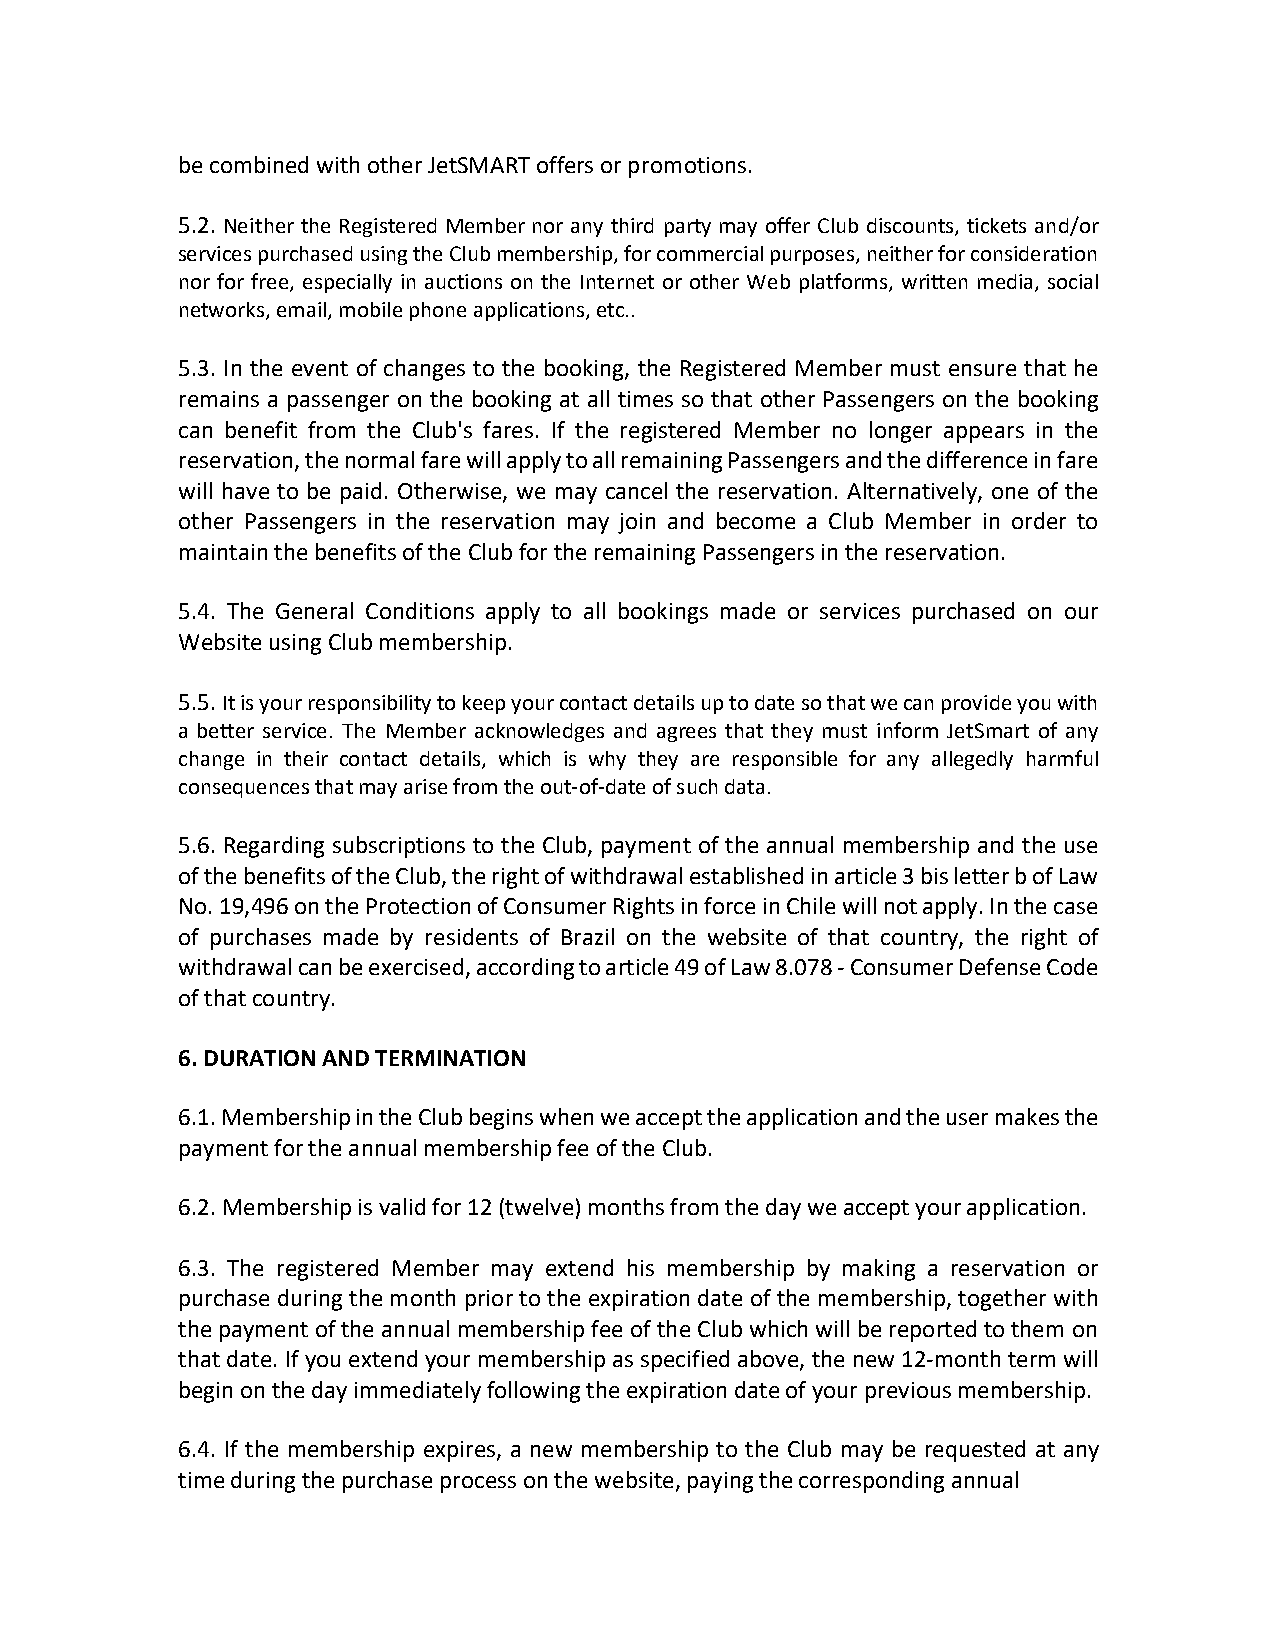
be combined with other JetSMART offers or promotions.
 5.2. Neither the Registered Member nor any third party may offer Club discounts, tickets and/or
 services purchased using the Club membership, for commercial purposes, neither for consideration
 nor for free, especially in auctions on the Internet or other Web platforms, written media, social
 networks, email, mobile phone applications, etc..
 5.3. In the event of changes to the booking, the Registered Member must ensure that he
 remains a passenger on the booking at all times so that other Passengers on the booking
 can benefit from the Club's fares. If the registered Member no longer appears in the
 reservation, the normal fare will apply to all remaining Passengers and the difference in fare
 will have to be paid. Otherwise, we may cancel the reservation. Alternatively, one of the
 other Passengers in the reservation may join and become a Club Member in order to
 maintain the benefits of the Club for the remaining Passengers in the reservation.
 5.4. The General Conditions apply to all bookings made or services purchased on our
 Website using Club membership.
 5.5. It is your responsibility to keep your contact details up to date so that we can provide you with
 a better service. The Member acknowledges and agrees that they must inform JetSmart of any
 change in their contact details, which is why they are responsible for any allegedly harmful
 consequences that may arise from the out-of-date of such data.
 5.6. Regarding subscriptions to the Club, payment of the annual membership and the use
 of the benefits of the Club, the right of withdrawal established in article 3 bis letter b of Law
 No. 19,496 on the Protection of Consumer Rights in force in Chile will not apply. In the case
 of purchases made by residents of Brazil on the website of that country, the right of
 withdrawal can be exercised, according to article 49 of Law 8.078 - Consumer Defense Code
 of that country.
 6. DURATION AND TERMINATION
 6.1. Membership in the Club begins when we accept the application and the user makes the
 payment for the annual membership fee of the Club.
 6.2. Membership is valid for 12 (twelve) months from the day we accept your application.
 6.3. The registered Member may extend his membership by making a reservation or
 purchase during the month prior to the expiration date of the membership, together with
 the payment of the annual membership fee of the Club which will be reported to them on
 that date. If you extend your membership as specified above, the new 12-month term will
 begin on the day immediately following the expiration date of your previous membership.
 6.4. If the membership expires, a new membership to the Club may be requested at any
 time during the purchase process on the website, paying the corresponding annual